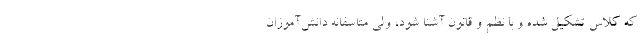
که کلاس تشکیل شده و با نظم و قانون آشنا شود، ولی متاسفانه دانش‌آموزان